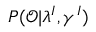
P ( \mathcal { O } | \lambda ^ { I } , \gamma ^ { I } )